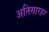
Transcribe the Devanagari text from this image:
अतिसारहर